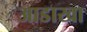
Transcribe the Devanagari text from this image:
आडाखा